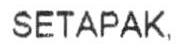
SETAPAK,